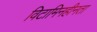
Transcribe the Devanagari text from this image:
विटामिनहीनता